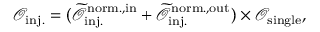
\mathcal { O } _ { \mathrm { i n j . } } = ( \mathcal { \widetilde { O } } _ { \mathrm { i n j . } } ^ { \mathrm { n o r m . , i n } } + \mathcal { \widetilde { O } } _ { \mathrm { i n j . } } ^ { \mathrm { n o r m . , o u t } } ) \times \mathcal { O } _ { \mathrm { s i n g l e } } ,